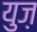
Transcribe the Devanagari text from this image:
युज़